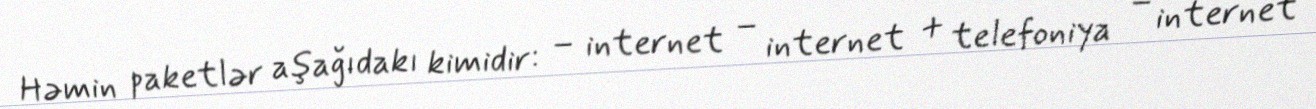
Həmin paketlər aşağıdakı kimidir: – internet – internet + telefoniya – internet